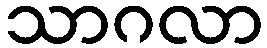
သာဂလာ